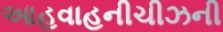
આહવાહનીચીઝની